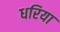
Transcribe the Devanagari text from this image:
धरिया